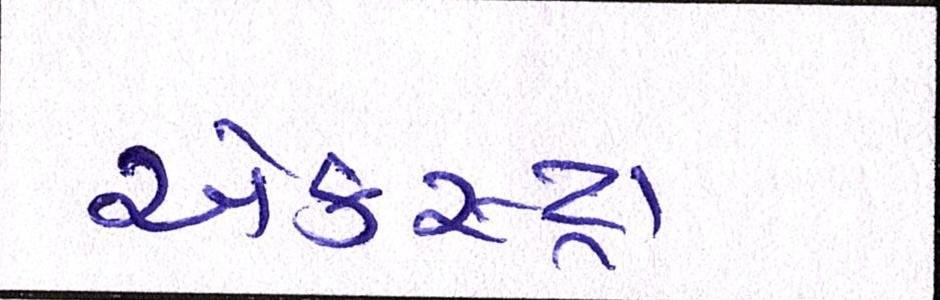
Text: એકસ્ટ્રા